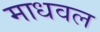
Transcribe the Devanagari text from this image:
माधवल